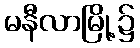
မနီလာမြို့၌